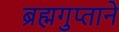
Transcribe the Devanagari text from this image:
ब्रह्मगुप्ताने